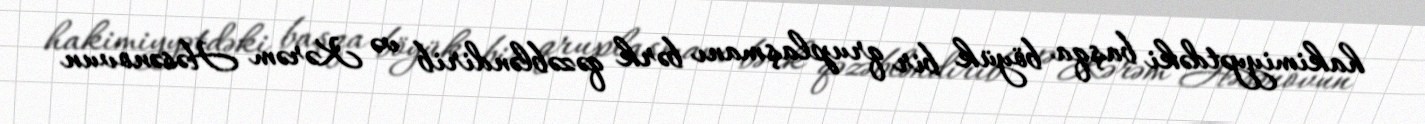
hakimiyyətdəki başqa böyük bir qruplaşmanı bərk qəzəbləndirib və Kərəm Həsənovun